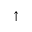
\uparrow